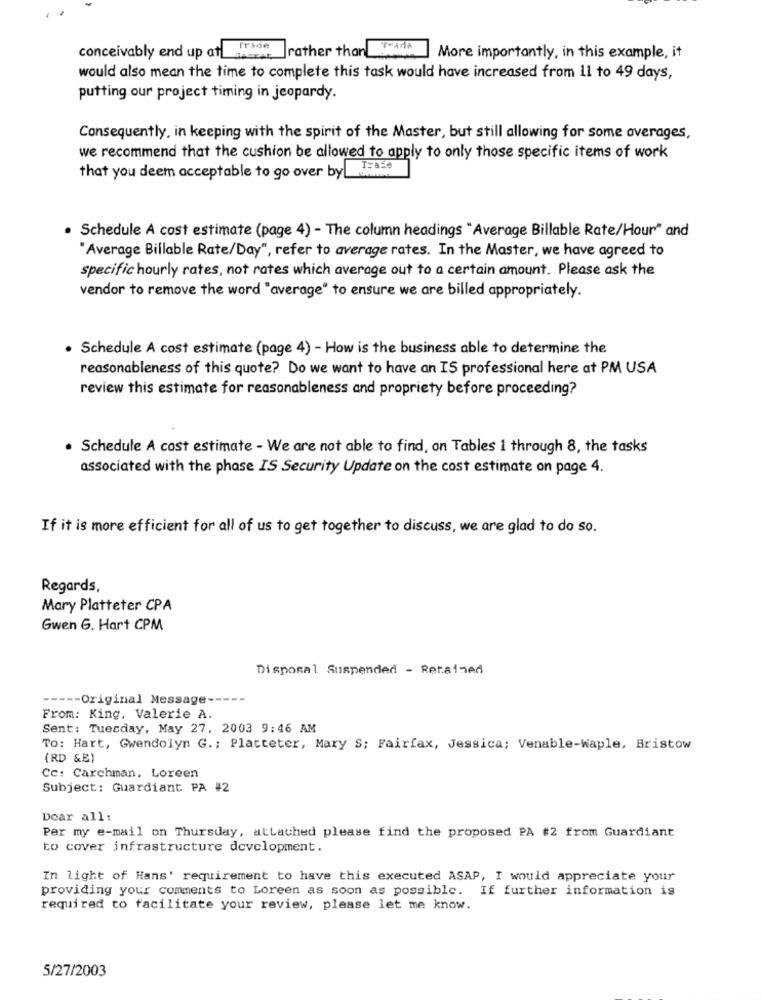
conceivably end up at Wade
ade Jrather than
More importantly, in this example, it
would also mean the time to complete this task would have increased from 11 to 49 days,
putting our project timing in jeopardy.
Consequently, in keeping with the spirit of the Master, but still allowing for some averages,
we recommend that the cushion be allowed to apply to only those specific items of work
that you deem acceptable to go over by _Ja
· Schedule A cost estimate (page 4) - The column headings "Average Billable Rate/Hour" and
"Average Billable Rate/Day", refer to average rates. In the Master, we have agreed to
specific hourly rates, not rates which average out to a certain amount. Please ask the
vendor to remove the word "average" to ensure we are billed appropriately.
Schedule A cost estimate (page 4) - How is the business able to determine the
reasonableness of this quote? Do we want to have an IS professional here at PM USA
review this estimate for reasonableness and propriety before proceeding?
· Schedule A cost estimate - We are not able to find, on Tables 1 through 8, the tasks
associated with the phase IS Security Update on the cost estimate on page 4.
If it is more efficient for all of us to get together to discuss, we are glad to do so.
Regards,
Mary Platteter CPA
Gwen G. Hart CPM
Disposal Suspended - Retained
----- Original Message-
From: King. Valerie A.
Sent: Tuesday, May 27, 2003 9:46 AM
To: Hart, Gwendolyn G. ; Platteter, Mary S; Fairfax, Jessica; Venable-waple, Bristow
(RD &E)
Cc: Carchman, Loreen
Subject: Guardiant PA #2
Dear all:
Per my e-mail on Thursday, attached please find the proposed PA #2 from Guardiant
to cover infrastructure development.
In light of Hans' requirement to have this executed ASAP, I would appreciate your
providing your comments to Loreen as soon as possible. If further information is
required to facilitate your review, please let me know.
5/27/2003